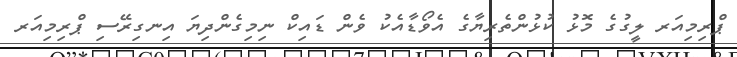
ޕްރިމިއަރ ލީގުގެ މޮޅު ކުޅުންތެރިޔާގެ އެވޯޑާއެކު ވެން ޑައިކް ނިމިގެންދިޔަ އިނގިރޭސި ޕްރިމިއަރ